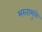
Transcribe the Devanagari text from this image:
भरतामुळे